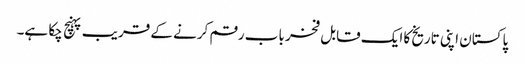
پاکستان اپنی تاریخ کا ایک قابل فخر باب رقم کرنے کے قریب پہنچ چکا ہے۔